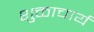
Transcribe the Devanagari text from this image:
शुक्ताचार्य